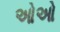
ઓઓ